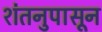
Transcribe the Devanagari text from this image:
शंतनुपासून